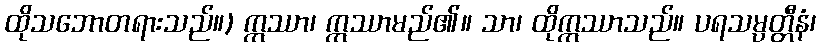
ထိုသဘောတရားသည်။) ဣဿာ၊ ဣဿာမည်၏။ သာ၊ ထိုဣဿာသည်။ ပရသမ္ပတ္တီနံ၊